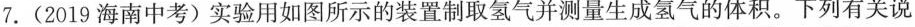
7. (2019 海南中考)实验用如图所示的装置制取氢气并测量生成氢气的体积。下列有关